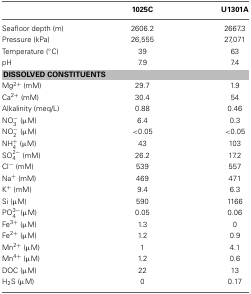
<table><thead><tr><td></td><td><b>1025C</b></td><td><b>U1301A</b></td></tr></thead><tbody><tr><td>Seafloor depth (m)</td><td>2606.2</td><td>2667.3</td></tr><tr><td>Pressure (kPa)</td><td>26,555</td><td>27,071</td></tr><tr><td>Temperature (°C)</td><td>39</td><td>63</td></tr><tr><td>pH</td><td>7.9</td><td>7.4</td></tr><tr><td colspan="3"><b>DISSOLVED CONSTITUENTS</b></td></tr><tr><td>Mg<sup>2+</sup> (mM)</td><td>29.7</td><td>1.9</td></tr><tr><td>Ca<sup>2+</sup> (mM)</td><td>30.4</td><td>54</td></tr><tr><td>Alkalinity (meq/L)</td><td>0.88</td><td>0.46</td></tr><tr><td>NO<sup>−</sup><sub>3</sub> (μM)</td><td>6.4</td><td>0.3</td></tr><tr><td>NO<sup>−</sup><sub>2</sub> (μM)</td><td>&lt;0.05</td><td>&lt;0.05</td></tr><tr><td>NH<sup>+</sup><sub>4</sub> (μM)</td><td>43</td><td>103</td></tr><tr><td>SO<sup>2−</sup><sub>4</sub> (mM)</td><td>26.2</td><td>17.2</td></tr><tr><td>Cl<sup>−</sup> (mM)</td><td>539</td><td>557</td></tr><tr><td>Na<sup>+</sup> (mM)</td><td>469</td><td>471</td></tr><tr><td>K<sup>+</sup> (mM)</td><td>9.4</td><td>6.3</td></tr><tr><td>Si (μM)</td><td>590</td><td>1166</td></tr><tr><td>PO<sup>3−</sup><sub>4</sub>(μM)</td><td>0.05</td><td>0.06</td></tr><tr><td>Fe<sup>3+</sup> (μM)</td><td>1.3</td><td>0</td></tr><tr><td>Fe<sup>2+</sup> (μM)</td><td>1.2</td><td>0.9</td></tr><tr><td>Mn<sup>2+</sup> (μM)</td><td>1</td><td>4.1</td></tr><tr><td>Mn<sup>4+</sup> (μM)</td><td>1.2</td><td>0.6</td></tr><tr><td>DOC (μM)</td><td>22</td><td>13</td></tr><tr><td>H<sub>2</sub>S (μM)</td><td>0</td><td>0.17</td></tr></tbody></table>